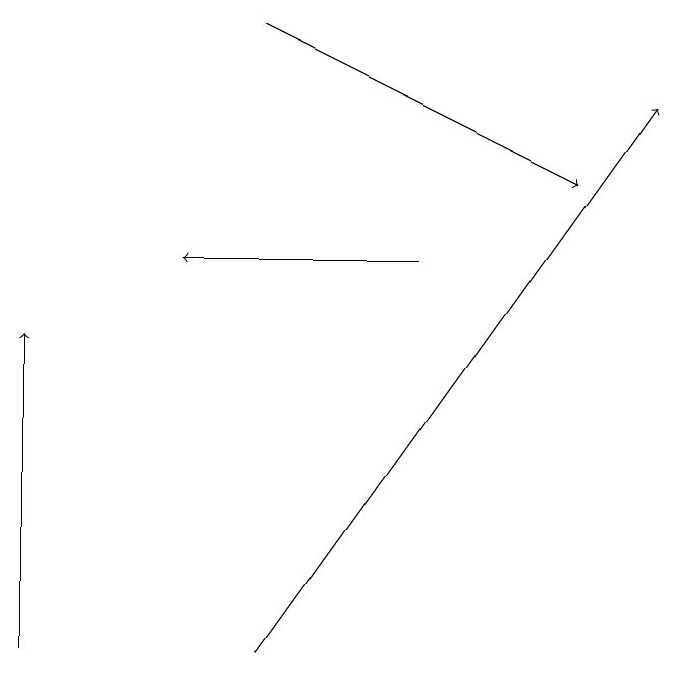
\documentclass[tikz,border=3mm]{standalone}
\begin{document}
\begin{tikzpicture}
\draw[->] (4,10) -- (9,17);
\draw[->] (6,15) -- (3,15);
\draw[->] (4,18) -- (8,16);
\draw[->] (1,10) -- (1,14);
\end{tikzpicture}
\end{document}